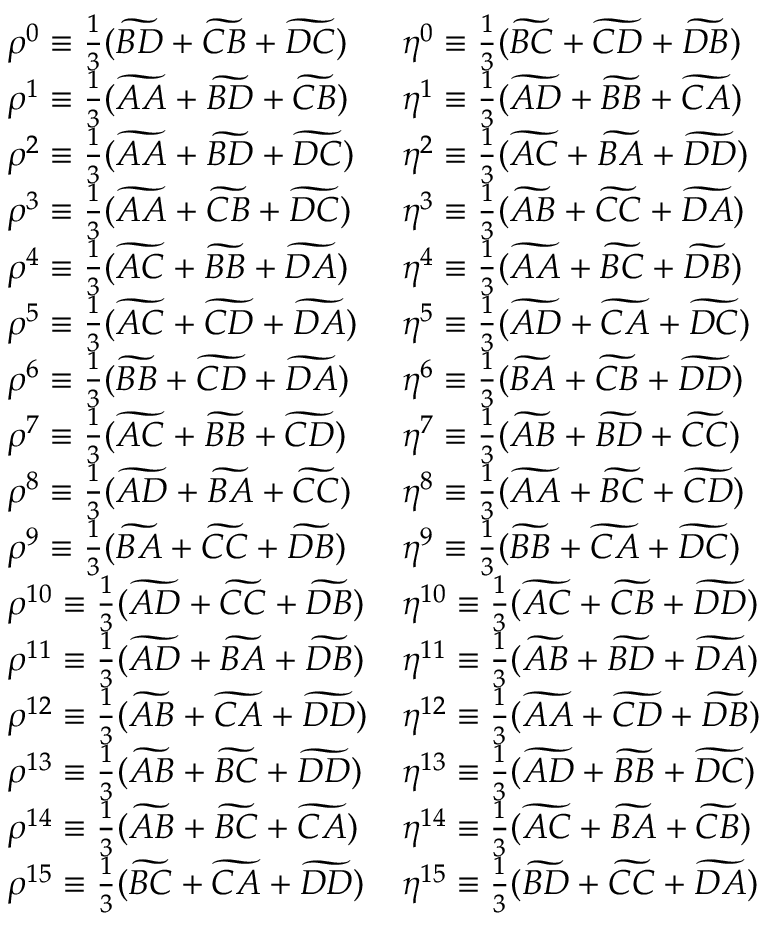
\begin{array} { l l } { \rho ^ { 0 } \equiv \frac { 1 } { 3 } ( \widetilde { B D } + \widetilde { C B } + \widetilde { D C } ) } & { \eta ^ { 0 } \equiv \frac { 1 } { 3 } ( \widetilde { B C } + \widetilde { C D } + \widetilde { D B } ) } \\ { \rho ^ { 1 } \equiv \frac { 1 } { 3 } ( \widetilde { A A } + \widetilde { B D } + \widetilde { C B } ) } & { \eta ^ { 1 } \equiv \frac { 1 } { 3 } ( \widetilde { A D } + \widetilde { B B } + \widetilde { C A } ) } \\ { \rho ^ { 2 } \equiv \frac { 1 } { 3 } ( \widetilde { A A } + \widetilde { B D } + \widetilde { D C } ) } & { \eta ^ { 2 } \equiv \frac { 1 } { 3 } ( \widetilde { A C } + \widetilde { B A } + \widetilde { D D } ) } \\ { \rho ^ { 3 } \equiv \frac { 1 } { 3 } ( \widetilde { A A } + \widetilde { C B } + \widetilde { D C } ) } & { \eta ^ { 3 } \equiv \frac { 1 } { 3 } ( \widetilde { A B } + \widetilde { C C } + \widetilde { D A } ) } \\ { \rho ^ { 4 } \equiv \frac { 1 } { 3 } ( \widetilde { A C } + \widetilde { B B } + \widetilde { D A } ) } & { \eta ^ { 4 } \equiv \frac { 1 } { 3 } ( \widetilde { A A } + \widetilde { B C } + \widetilde { D B } ) } \\ { \rho ^ { 5 } \equiv \frac { 1 } { 3 } ( \widetilde { A C } + \widetilde { C D } + \widetilde { D A } ) } & { \eta ^ { 5 } \equiv \frac { 1 } { 3 } ( \widetilde { A D } + \widetilde { C A } + \widetilde { D C } ) } \\ { \rho ^ { 6 } \equiv \frac { 1 } { 3 } ( \widetilde { B B } + \widetilde { C D } + \widetilde { D A } ) } & { \eta ^ { 6 } \equiv \frac { 1 } { 3 } ( \widetilde { B A } + \widetilde { C B } + \widetilde { D D } ) } \\ { \rho ^ { 7 } \equiv \frac { 1 } { 3 } ( \widetilde { A C } + \widetilde { B B } + \widetilde { C D } ) } & { \eta ^ { 7 } \equiv \frac { 1 } { 3 } ( \widetilde { A B } + \widetilde { B D } + \widetilde { C C } ) } \\ { \rho ^ { 8 } \equiv \frac { 1 } { 3 } ( \widetilde { A D } + \widetilde { B A } + \widetilde { C C } ) } & { \eta ^ { 8 } \equiv \frac { 1 } { 3 } ( \widetilde { A A } + \widetilde { B C } + \widetilde { C D } ) } \\ { \rho ^ { 9 } \equiv \frac { 1 } { 3 } ( \widetilde { B A } + \widetilde { C C } + \widetilde { D B } ) } & { \eta ^ { 9 } \equiv \frac { 1 } { 3 } ( \widetilde { B B } + \widetilde { C A } + \widetilde { D C } ) } \\ { \rho ^ { 1 0 } \equiv \frac { 1 } { 3 } ( \widetilde { A D } + \widetilde { C C } + \widetilde { D B } ) } & { \eta ^ { 1 0 } \equiv \frac { 1 } { 3 } ( \widetilde { A C } + \widetilde { C B } + \widetilde { D D } ) } \\ { \rho ^ { 1 1 } \equiv \frac { 1 } { 3 } ( \widetilde { A D } + \widetilde { B A } + \widetilde { D B } ) } & { \eta ^ { 1 1 } \equiv \frac { 1 } { 3 } ( \widetilde { A B } + \widetilde { B D } + \widetilde { D A } ) } \\ { \rho ^ { 1 2 } \equiv \frac { 1 } { 3 } ( \widetilde { A B } + \widetilde { C A } + \widetilde { D D } ) } & { \eta ^ { 1 2 } \equiv \frac { 1 } { 3 } ( \widetilde { A A } + \widetilde { C D } + \widetilde { D B } ) } \\ { \rho ^ { 1 3 } \equiv \frac { 1 } { 3 } ( \widetilde { A B } + \widetilde { B C } + \widetilde { D D } ) } & { \eta ^ { 1 3 } \equiv \frac { 1 } { 3 } ( \widetilde { A D } + \widetilde { B B } + \widetilde { D C } ) } \\ { \rho ^ { 1 4 } \equiv \frac { 1 } { 3 } ( \widetilde { A B } + \widetilde { B C } + \widetilde { C A } ) } & { \eta ^ { 1 4 } \equiv \frac { 1 } { 3 } ( \widetilde { A C } + \widetilde { B A } + \widetilde { C B } ) } \\ { \rho ^ { 1 5 } \equiv \frac { 1 } { 3 } ( \widetilde { B C } + \widetilde { C A } + \widetilde { D D } ) } & { \eta ^ { 1 5 } \equiv \frac { 1 } { 3 } ( \widetilde { B D } + \widetilde { C C } + \widetilde { D A } ) } \end{array}